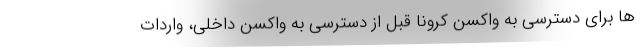
ها برای دسترسی به واکسن کرونا قبل از دسترسی به واکسن داخلی، واردات